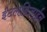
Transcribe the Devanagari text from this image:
ईटलडिजाईन